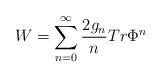
LaTeX: \begin{align*}W = \sum_{n=0}^{\infty} \frac{2 g_{n}}{n} Tr \Phi^n\end{align*}